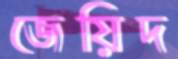
জেয়িদ